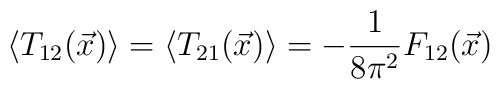
\left\langle T_{12}(\vec{x})\right\rangle =\left\langle T_{21}(\vec{x})\right\rangle =-\frac{1}{8\pi ^{2}}F_{12}(\vec{x})